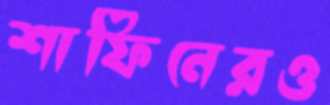
শাফিনেরও